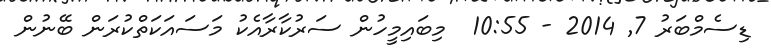
ޑިސެމްބަރު 7